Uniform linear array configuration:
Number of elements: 12
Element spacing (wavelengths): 1
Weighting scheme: cosine
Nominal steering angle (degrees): -45
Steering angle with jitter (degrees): -45.549
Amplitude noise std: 0.05
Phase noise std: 0.05

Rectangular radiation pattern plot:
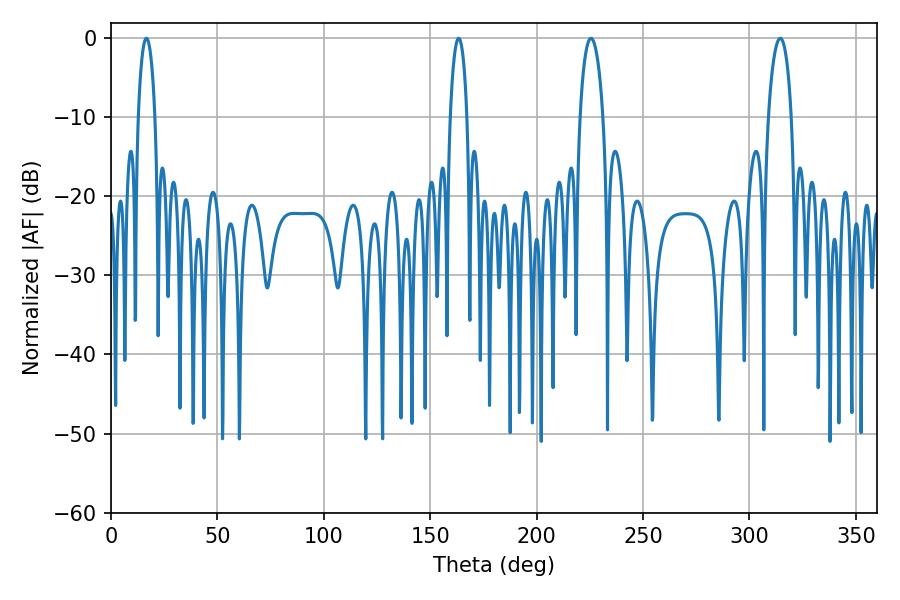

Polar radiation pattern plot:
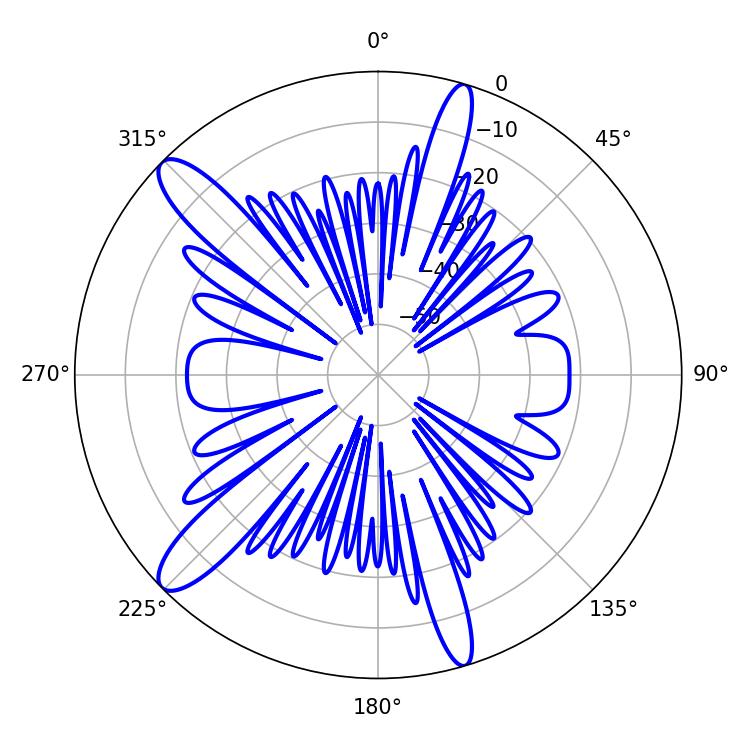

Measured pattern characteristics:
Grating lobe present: TRUE
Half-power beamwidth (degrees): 6.3
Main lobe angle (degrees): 314.46